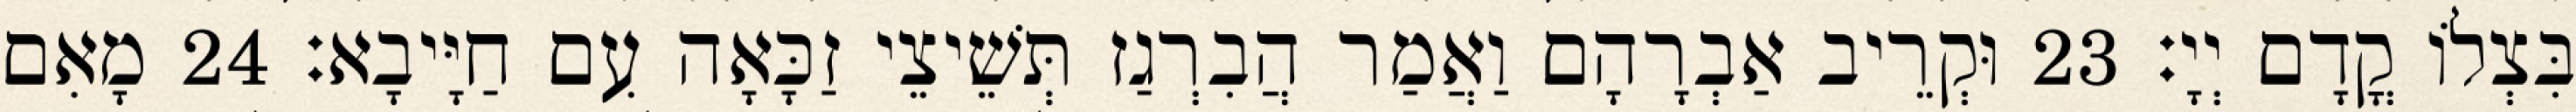
בִּצְלוֹ קֳדָם יְיָ׃ 23 וּקְרֵיב אַבְרָהָם וַאֲמַר הֲבִרְגַז תְּשֵׁיצֵי זַכָּאָה עִם חַיָּיבָא׃ 24 מָאִם